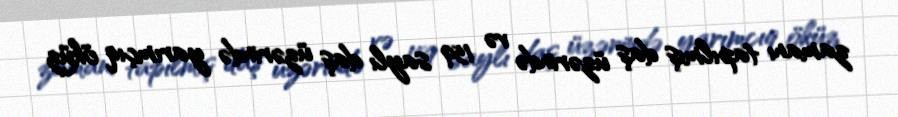
zamanı tapılmış daş üzərində və 159 saylı daş üzərində yarımçıq öküz